Lunatic asylums Bombay report 1878-1890 - 1878-1890
Year: 1878
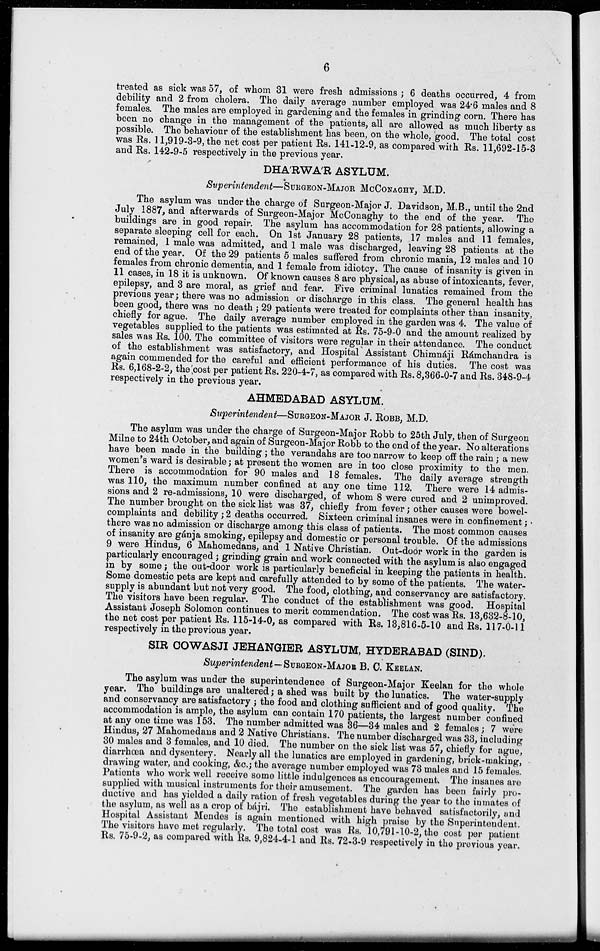
6
treated as sick was 57, of whom 31 were fresh admissions ; 6 deaths occurred, 4 from
debility and 2 from cholera. The daily average number employed was 24.6 males and 8
females. The males are employed in gardening and the females in grinding corn. There has
been no change in the management of the patients, all are allowed as much liberty as
possible. The behaviour of the establishment has been, on the whole, good. The total cost
was Rs. 11,919-3-9, the net cost per patient Rs. 141-12-9, as compared with Rs. 11,692-15-3
and Rs. 142-9-5 respectively in the previous year.
DHA'RWA'R ASYLUM.
Superintendent—SURGEON-MAJOR McCONAGHY, M.D.
The asylum was under the charge of Surgeon-Major J. Davidson, M.B., until the 2nd
July 1887, and afterwards of Surgeon-Major McConaghy to the end of the year. The
buildings are in good repair. The asylum has accommodation for 28 patients, allowing a
separate sleeping cell for each. On 1st January 28 patients, 17 males and 11 females,
remained, 1 male was admitted, and 1 male was discharged, leaving 28 patients at the
end of the year. Of the 29 patients 5 males suffered from chronic mania, 12 males and 10
females from chronic dementia, and 1 female from idiotcy. The cause of insanity is given in
11 cases, in 18 it is unknown. Of known causes 8 are physical, as abuse of intoxicants, fever,
epilepsy, and 3 are moral, as grief and fear. Five criminal lunatics remained from the
previous year; there was no admission or discharge in this class. The general health has
been good, there was no death ; 29 patients were treated for complaints other than insanity,
chiefly for ague. The daily average number employed in the garden was 4. The value of
vegetables supplied to the patients was estimated at Rs. 75-9-0 and the amount realized by
sales was Rs. 100. The committee of visitors were regular in their attendance. The conduct
of the establishment was satisfactory, and Hospital Assistant Chimnáji Rámchandra is
again commended for the careful and efficient performance of his duties. The cost was
Rs. 6,168-2-2, the cost per patient Rs. 220-4-7, as compared with Rs. 8,366-0-7 and Rs. 348-9-4
respectively in the previous year.
AHMEDABAD ASYLUM.
Superintendent—SURGEON-MAJOR J. ROBB, M.D.
The asylum was under the charge of Surgeon-Major Robb to 25th July, then of Surgeon
Milne to 24th October, and again of Surgeon-Major Robb to the end of the year. No alterations
have been made in the building ; the verandahs are too narrow to keep off the rain; a new
women's ward is desirable; at present the women are in too close proximity to the men.
There is accommodation for 90 males and 18 females. The daily average strength
was 110, the maximum number confined at any one time 112. There were 14 admis-
sions and 2 re-admissions, 10 were discharged, of whom 8 were cured and 2 unimproved.
The number brought on the sick list was 37, chiefly from fever; other causes were bowel-
complaints and debility ; 2 deaths occurred. Sixteen criminal insanes were in confinement;
there was no admission or discharge among this class of patients. The most common causes
of insanity are gánja smoking, epilepsy and domestic or personal trouble. Of the admissions
9 were Hindus, 6 Mahomedans, and 1 Native Christian. Out-door work in the garden is
particularly encouraged; grinding grain and work connected with the asylum is also engaged
in by some ; the out-door work is particularly beneficial in keeping the patients in health.
Some domestic pets are kept and carefully attended to by some of the patients. The water-
supply is abundant but not very good. The food, clothing, and conservancy are satisfactory.
The visitors have been regular. The conduct of the establishment was good. Hospital
Assistant Joseph Solomon continues to merit commendation. The cost was Rs. 13,632-8-10,
the net cost per patient Rs. 115-14-0, as compared with Rs. 13,816-5-10 and Rs. 117-0-11
respectively in the previous year.
SIR COWASJI JEHANGIER ASYLUM, HYDERABAD (SIND).
Superimtendent—SURGEON-MAJOR B. C. KEELAN.
The asylum was under the superintendence of Surgeon-Major Keelan for the whole
year. The buildings are unaltered; a shed was built by the lunatics. The water-supply
and conservancy are satisfactory ; the food and clothing sufficient and of good quality. The
accommodation is ample, the asylum can contain 170 patients, the largest number confined
at any one time was 153. The number admitted was 36—34 males and 2 females ; 7 were
Hindus, 27 Mahomedans and 2 Native Christians. The number discharged was 33, including
30 males and 3 females, and 10 died. The number on the sick list was 57, chiefly for ague,
diarrhœa and dysentery. Nearly all the lunatics are employed in gardening, brick-making,
drawing water, and cooking, &c.; the average number employed was 73 males and 15 females.
Patients who work well receive some little indulgences as encouragement. The insanes are
supplied with musical instruments for their amusement. The garden has been fairly pro-
ductive and has yielded a daily ration of fresh vegetables during the year to the inmates of
the asylum, as well as a crop of bájri. The establishment have behaved satisfactorily, and
Hospital Assistant Mendes is again mentioned with high praise by the Superintendent.
The visitors have met regularly. The total cost was Rs. 10,791-10-2, the cost per patient
Rs. 75-9-2, as compared with Rs. 9,824-4-1 and Rs. 72-3-9 respectively in the previous year.